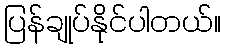
ပြန်ချုပ်နိုင်ပါတယ်။